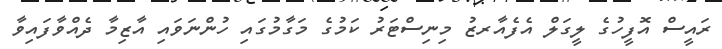
ރައީސް އޮފީހުގެ ލީގަލް އެފެއާރޒު މިނިސްޓަރު ކަމުގެ މަގާމުގައި ހުންނަވައި އާޒިމާ ދެއްވާފައިވާ